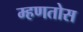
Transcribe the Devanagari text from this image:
म्हणतोस